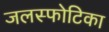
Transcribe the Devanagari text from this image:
जलस्फोटिका